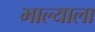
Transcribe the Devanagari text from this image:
भाल्याला